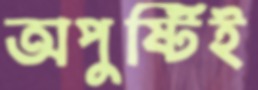
অপুষ্টিই